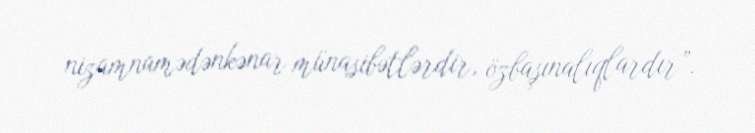
nizamnamədənkənar münasibətlərdir, özbaşınalıqlardır”.